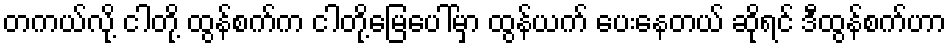
တကယ်လို့ ငါတို့ ထွန်စက်က ငါတို့မြေပေါ်မှာ ထွန်ယက် ပေးနေတယ် ဆိုရင် ဒီထွန်စက်ဟာ